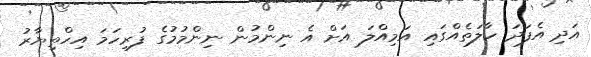
އަދި އެފަދަ ހާލަތެއްގައި އަމިއްލަ އަށް އެ ނިންމުން ނިންމުމުގެ ފުރިހަމަ އިހްތިޔާރު